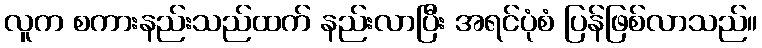
လူက စကားနည်းသည်ထက် နည်းလာပြီး အရင်ပုံစံ ပြန်ဖြစ်လာသည်။